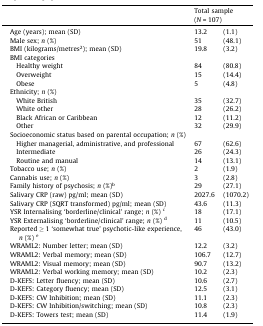
<table><thead><tr><td></td><td colspan="2"><b>Total sample (<i>N</i> = 107)</b></td></tr></thead><tbody><tr><td>Age (years); mean (SD)</td><td>13.2</td><td>(1.1)</td></tr><tr><td>Male sex; <i>n</i> (%)</td><td>51</td><td>(48.1)</td></tr><tr><td>BMI (kilograms/metres<sup>2</sup>); mean (SD)</td><td>19.8</td><td>(3.2)</td></tr><tr><td>BMI categories</td><td></td><td></td></tr><tr><td> Healthy weight</td><td>84</td><td>(80.8)</td></tr><tr><td> Overweight</td><td>15</td><td>(14.4)</td></tr><tr><td> Obese</td><td>5</td><td>(4.8)</td></tr><tr><td>Ethnicity; <i>n</i> (%)</td><td></td><td></td></tr><tr><td> White British</td><td>35</td><td>(32.7)</td></tr><tr><td> White other</td><td>28</td><td>(26.2)</td></tr><tr><td> Black African or Caribbean</td><td>12</td><td>(11.2)</td></tr><tr><td> Other</td><td>32</td><td>(29.9)</td></tr><tr><td>Socioeconomic status based on parental occupation; <i>n</i> (%)</td><td></td><td></td></tr><tr><td> Higher managerial, administrative, and professional</td><td>67</td><td>(62.6)</td></tr><tr><td> Intermediate</td><td>26</td><td>(24.3)</td></tr><tr><td> Routine and manual</td><td>14</td><td>(13.1)</td></tr><tr><td>Tobacco use; <i>n</i> (%)</td><td>2</td><td>(1.9)</td></tr><tr><td>Cannabis use; <i>n</i> (%)</td><td>3</td><td>(2.8)</td></tr><tr><td>Family history of psychosis; <i>n</i> (%)<sup>b</sup></td><td>29</td><td>(27.1)</td></tr><tr><td>Salivary CRP (raw) pg/ml; mean (SD)</td><td>2027.6</td><td>(1070.2)</td></tr><tr><td>Salivary CRP (SQRT transformed) pg/ml; mean (SD)</td><td>43.6</td><td>(11.3)</td></tr><tr><td>YSR Internalising ‘borderline/clinical’ range; <i>n</i> (%) <sup>c</sup></td><td>18</td><td>(17.1)</td></tr><tr><td>YSR Externalising ‘borderline/clinical’ range; <i>n</i> (%) <sup>d</sup></td><td>11</td><td>(10.5)</td></tr><tr><td>Reported ≥ 1 ‘somewhat true’ psychotic-like experience, <i>n</i> (%) <sup>e</sup></td><td>46</td><td>(43.0)</td></tr><tr><td>WRAML2: Number letter; mean (SD)</td><td>12.2</td><td>(3.2)</td></tr><tr><td>WRAML2: Verbal memory; mean (SD)</td><td>106.7</td><td>(12.7)</td></tr><tr><td>WRAML2: Visual memory; mean (SD)</td><td>90.7</td><td>(13.2)</td></tr><tr><td>WRAML2: Verbal working memory; mean (SD)</td><td>10.2</td><td>(2.3)</td></tr><tr><td>D-KEFS: Letter fluency; mean (SD)</td><td>10.6</td><td>(2.7)</td></tr><tr><td>D-KEFS: Category fluency; mean (SD)</td><td>12.5</td><td>(3.1)</td></tr><tr><td>D-KEFS: CW Inhibition; mean (SD)</td><td>11.1</td><td>(2.3)</td></tr><tr><td>D-KEFS: CW Inhibition/switching; mean (SD)</td><td>10.8</td><td>(2.3)</td></tr><tr><td>D-KEFS: Towers test; mean (SD)</td><td>11.4</td><td>(1.9)</td></tr></tbody></table>